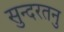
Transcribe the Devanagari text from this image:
सुन्दरतनु